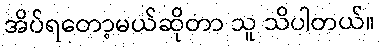
အိပ်ရတော့မယ်ဆိုတာ သူ သိပါတယ်။